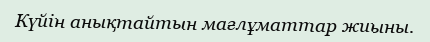
Күйін анықтайтын мағлұматтар жиыны.